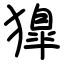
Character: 獋